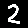
Digit: 2